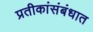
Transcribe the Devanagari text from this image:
प्रतीकांसंबंधात